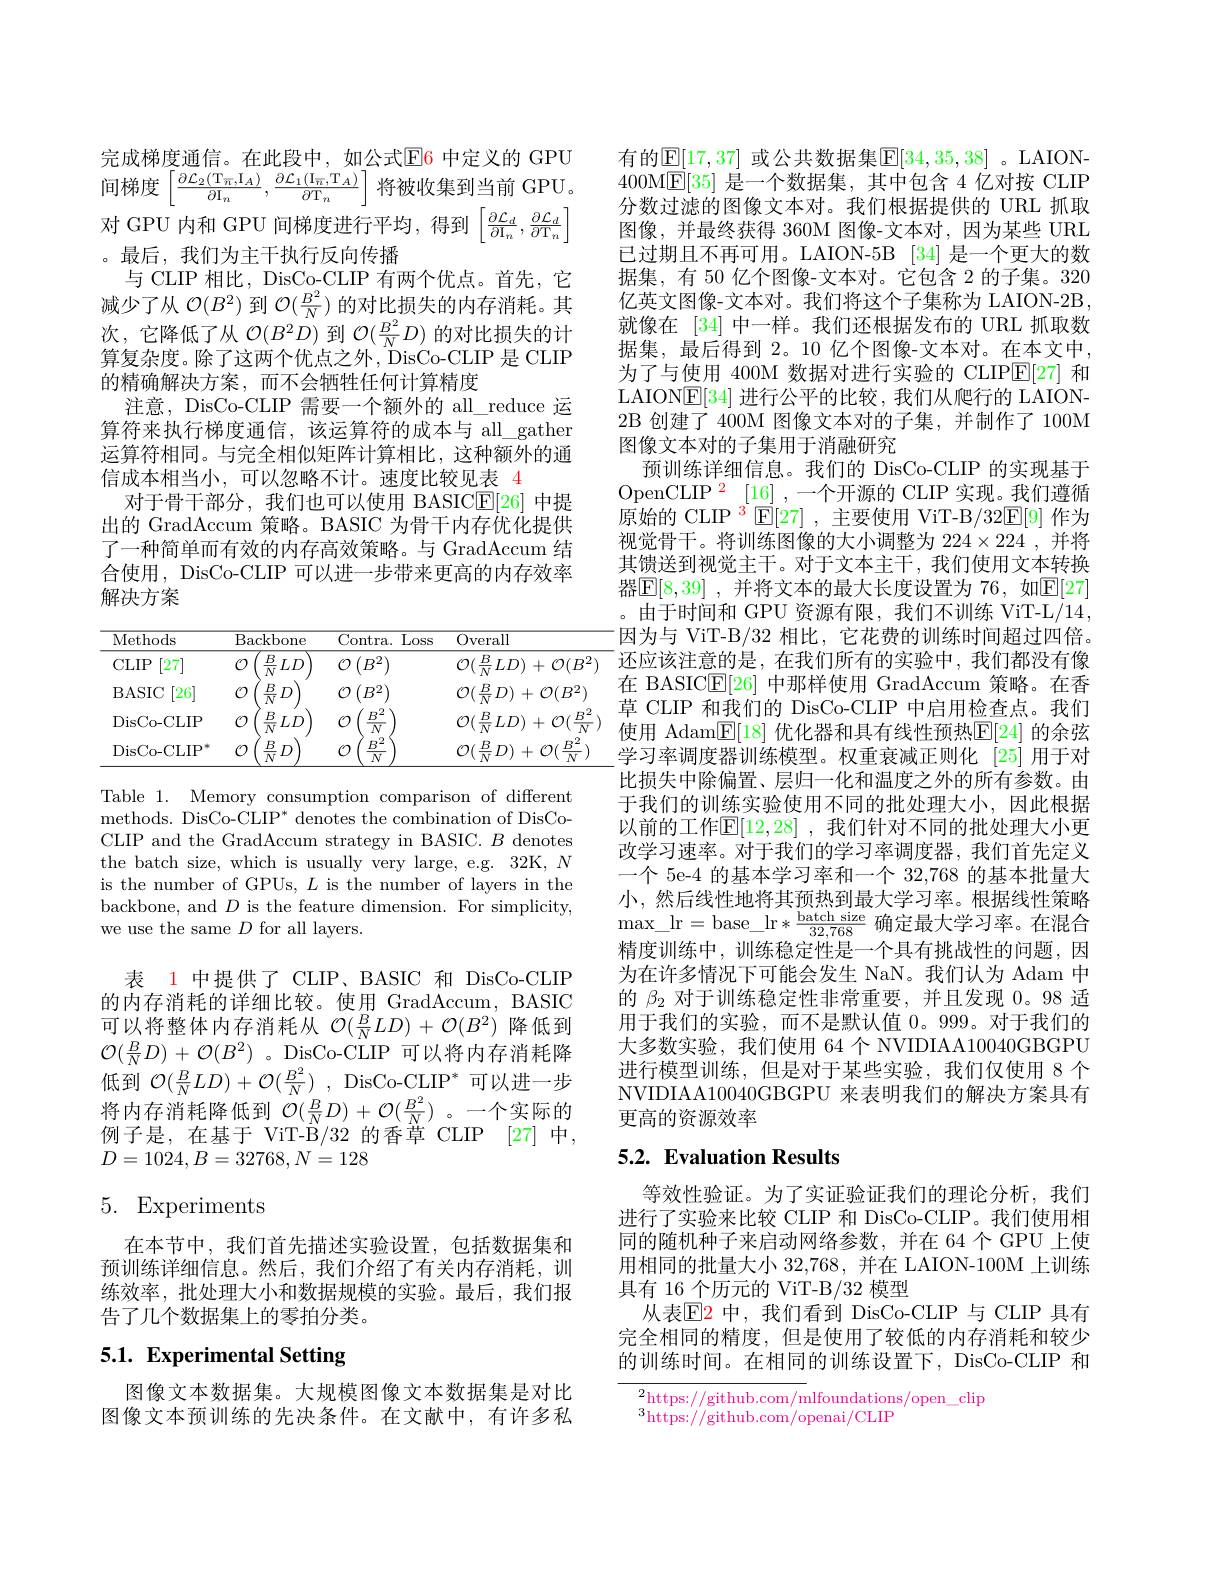
完成梯度通信。在此段中，如公式$\color{red}{\mathrm{E}}$6 中定义的 GPU 间梯度$\left[\frac{\partial\mathcal{L}_{2}(\mathrm{T}_{\overline{n}},\mathrm{I}_{A})}{\partial\mathrm{I}_{n}},\frac{\partial\mathcal{L}_{1}(\mathrm{I}_{\overline{n}},\mathrm{T}_{A})}{\partial\mathrm{T}_{n}}\right]$将被收集到当前GPU 对 GPU 内和 GPU 间梯度进行平均，得到$\left[\frac{\partial\mathcal{L}_d}{\partial\mathrm{I}_n},\frac{\partial\mathcal{L}_d}{\partial\mathrm{T}_n}\right]$

。最后，我们为主干执行反向传播
与 CLIP 相比，DisCo-CLIP 有两个优点。首先，它减少了从$\mathcal{O}(B^2)$到$\mathcal{O}(\frac{B^2}N)$的对比损失的内存消耗。其次，它降低了从$\mathcal{O}(B^2D)$到$\mathcal{O}(\frac{B^2}ND)$的对比损失的计算复杂度。除了这两个优点之外，DisCo-CLIP 是 CLIP 的精确解决方案，而不会牺牲任何计算精度
注意，DisCo-CLIP 需要一个额外的 all\_reduce 运算符来执行梯度通信，该运算符的成本与 all\_gather 运算符相同。与完全相似矩阵计算相比，这种额外的通信成本相当小，可以忽略不计。速度比较见表 4
对于骨干部分，我们也可以使用 BASICE[ 26] 中提出的 GradAccum 策略。BASIC 为骨干内存优化提供了一种简单而有效的内存高效策略。与 GradAccum 结合使用，DisCo-CLIP 可以进一步带来更高的内存效率解决方案

<table>
	<tbody>
		<tr>
			<th>Methods</th>
			<th>Backbone</th>
			<th>Contra. Loss</th>
			<th>Overall</th>
		</tr>
		<tr>
			<td>$CLIP$ [27]</td>
			<td>${\overline{\frac{B}{N}LD}}$</td>
			<td>$\mathcal{O}\left(B^{2}\right)$</td>
			<td>$\mathcal{O}(\frac{B}{N}LD)+\mathcal{O}(B^{2}$</td>
		</tr>
		<tr>
			<td>BASIC [26]</td>
			<td>$\frac{B}{N}D$</td>
			<td>$\mathcal{O}\left(B^2\right)$</td>
			<td>$\mathcal{O} ( \frac BND)$ + $\mathcal{O} ( B^{2})$</td>
		</tr>
		<tr>
			<td>DisCo- CLIP</td>
			<td>$\frac{B}{N}LD$</td>
			<td>$B^{\cdot}$</td>
			<td>$\mathcal{O}(\frac BNLD)+\mathcal{O}(\frac{B^2}N$</td>
		</tr>
		<tr>
			<td>DisCo- CLIP</td>
			<td>$B$ $D$</td>
			<td> </td>
			<td>$\mathcal{O}(\frac{B}{N}D)+\mathcal{C}$ (1)</td>
		</tr>
	</tbody>
</table>

Table 1. Memory consumption comparison of different methods. DisCo-CLIP* denotes the combination of DisCoCLIP and the GradAccum strategy in BASIC. $B$ denotes the batch size, which is usually very large, e.g. 32K, N is the number of GPUs, $L$ is the number of layers in the backbone, and $D$ is the feature dimension. For simplicity, we use the same $D$ for all layers.

表 1 中提供了 CLIP、BASIC 和 DisCo-CLIP 的内存消耗的详细比较。使用 GradAccum, BASIC 可以将整体内存消耗从$\mathcal{O}(\frac BNLD)+\mathcal{O}(B^2)$降低到$\mathcal{O}(\frac BND)+\mathcal{O}(B^2)$ 。DisCo-CLIP 可以将内存消耗降低到$\mathcal{O} ( \frac BNLD) + \mathcal{O} ( \frac {B^2}N)$ , DisCo-CLIP$^*$可以进一步将内存消耗降低到$\mathcal{O}(\frac BND)+\mathcal{O}(\frac{B^2}N)$。一个实际的例子是，在基于 ViT-B/32 的香草 CLIP [27] 中， $D=1024,B=32768,N=128$

# 5. Experiments

在本节中，我们首先描述实验设置，包括数据集和预训练详细信息。然后，我们介绍了有关内存消耗，训练效率，批处理大小和数据规模的实验。最后，我们报告了几个数据集上的零拍分类。

# 5.1. Experimental Setting

图像文本数据集。大规模图像文本数据集是对比图像文本预训练的先决条件。在文献中，有许多私

有的$\overline{\mathbb{E}}[17,37]$ 或公共数据集$\boxed{\mathbb{E}}[34,35,38]$ 。LAION- 400M$\overline {\mathrm{E} }$[ 35] 是 一 个 数 据 集 , 其 中 包 含 4 亿 对 按 CLIP 分数过滤的图像文本对。我们根据提供的 URL 抓取图像，并最终获得 360M 图像-文本对，因为某些 URL 已过期且不再可用。LAION-5B [34] 是一个更大的数据集，有 50 亿个图像-文本对。它包含 2 的子集。320亿英文图像-文本对。我们将这个子集称为 LAION-2B 就像在 [34] 中一样。我们还根据发布的 URL 抓取数据集，最后得到 2。10 亿个图像-文本对。在本文中， 为了与使用 400M 数据对进行实验的 CLIP$\boxed{\mathrm{E}}[27]$和LAIONE[34] 进行公平的比较，我们从爬行的 LAION- 2B 创建了 400M 图像文本对的子集，并制作了 100M 图像文本对的子集用于消融研究
预训练详细信息。我们的 DisCo-CLIP 的实现基于OpenCLIP$^{2}$[16] ,一个开源的 CLIP 实现。我们遵循原始的 CLIP $^3$ E[27] ,主要使用 ViT-B/32$\mathbb{E}[9]$作为视觉骨干。将训练图像的大小调整为 224$\times224$ ,并将其馈送到视觉主干。对于文本主干，我们使用文本转换器$\mathbb{E} [ 8, 39]$ , 并将文本的最大长度设置为 76, 如$\mathbb{E}[27]$ 。由于时间和 GPU 资源有限，我们不训练 ViT-L/14因为与 ViT-B/32 相比，它花费的训练时间超过四倍。$^{-}$还应该注意的是，在我们所有的实验中，我们都没有像在 BASIC$\underline{\mathrm{E}}[26]$中那样使用 GradAccum 策略。在香草 CLIP 和我们的 DisCo-CLIP 中启用检查点。我们使用 Adam$\underline{\mathrm{E}}[18]$ 优化器和具有线性预热$\underline{\mathrm{F}}[24]$ 的余弦学习率调度器训练模型。权重衰减正则化 [25] 用于对比损失中除偏置、层归一化和温度之外的所有参数。由于我们的训练实验使用不同的批处理大小，因此根据以前的工作$\mathbb{E}[12,28]$ ,我们针对不同的批处理大小更改学习速率。对于我们的学习率调度器，我们首先定义一个 5e-4 的基本学习率和一个 32,768 的基本批量大小，然后线性地将其预热到最大学习率。根据线性策略$\max\_$lr=base$\_$lr$*\frac{\mathrm{batch~size}}{32,768}$确定最大学习率。在混合精度训练中，训练稳定性是一个具有挑战性的问题，因为在许多情况下可能会发生 NaN。我们认为 Adam 中的$\beta_2$对于训练稳定性非常重要，并且发现0。98 适用于我们的实验，而不是默认值 0。999。对于我们的大多数实验，我们使用 64个 NVIDIAA10040GBGPU 进行模型训练，但是对于某些实验，我们仅使用 8 个NVIDIAA10040GBGPU 来表明我们的解决方案具有更高的资源效率

## 5.2. Evaluation Results

等效性验证。为了实证验证我们的理论分析，我们进行了实验来比较 CLIP 和 DisCo-CLIP。我们使用相同的随机种子来启动网络参数，并在 64个 GPU 上使用相同的批量大小 32,768, 并在 LAION-100M 上训练具有 16 个历元的 ViT-B/32 模型
从表$\operatorname{E2}$ 中，我们看到 DisCo-CLIP 与 CLIP 具有完全相同的精度，但是使用了较低的内存消耗和较少的训练时间。在相同的训练设置下，DisCo-CLIP 和

$\overline{{^2\text{https:}//\text{github.com/m}}}$lfoundations/open\_clip

$^3$https://github.com/openai/CLIP